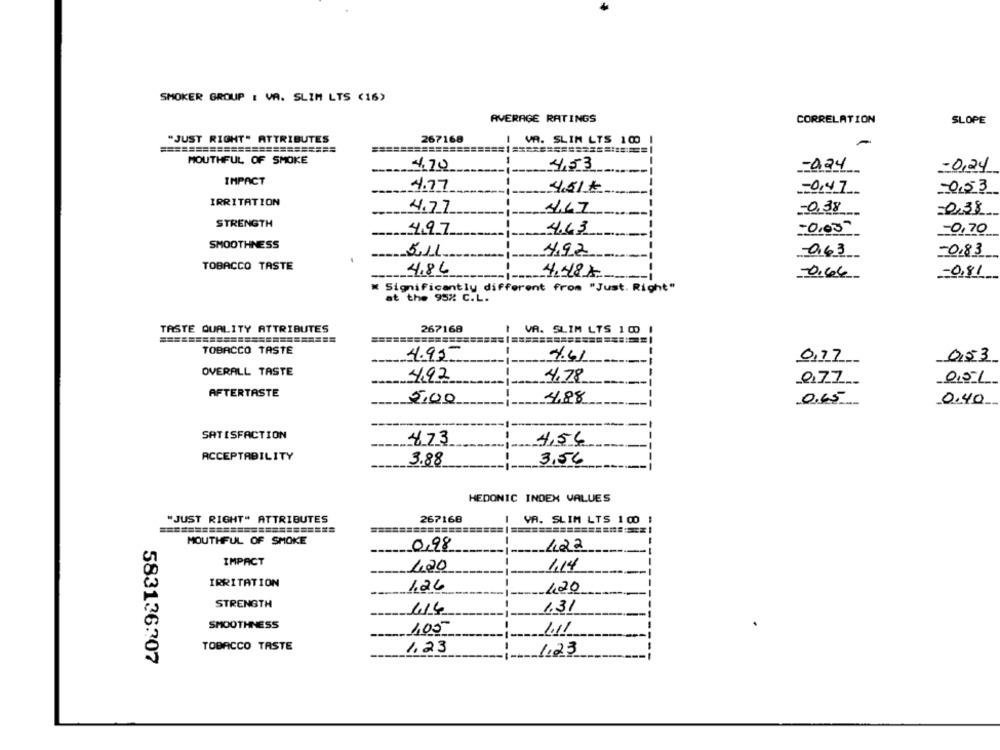
SMOKER GROUP : VA. SLIM LTS (16>
AVERAGE RATINGS
CORRELATION
SLOPE
"JUST RIGHT" ATTRIBUTES
267168
I VA. SLIN LTS 100
=========================
MOUTHFUL OF SMOKE
4,53
4.70
-0.24
-0,24
IMPACT
4.77
4.51€
-0,47
-0,53
IRRITATION
4.77
4.47
0,38
-0.38
STRENGTH
4.97
4.43
-0,05
-0,70
SMOOTHNESS
5.11
4,92
0,63
-0,83
TOBACCO TASTE
4,86
4,48€
0,66
-0,81
« Significantly different from "Just. Right"
at the 95% C.L.
TASTE QUALITY ATTRIBUTES
267168
VA. SLIM LTS 100 1
TOBACCO TASTE
4.95
4.41
0,77
0,53
OVERALL TASTE
4,92
4.78
.Q.77.
0,51
AFTERTASTE
5,00
4.88
0.65
0.40
SATISFACTION
873
4,56
ACCEPTABILITY
3.88
3,56
HEDONIC INDEX VALUES
267168
"JUST RIGHT" ATTRIBUTES
VA. SLIM LTS 100 1
MOUTHFUL OF SMOKE
0,98
1,22
IMPACT
-
1,20
1.14
IRRITATION
1,26
120
STRENGTH
1.31
114
SMOOTHNESS
1,05
1.11
TOBACCO TASTE
1.23
1,23
583136307